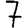
Digit: 7